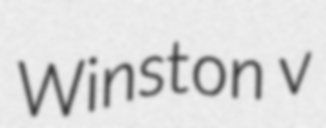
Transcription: Winston v